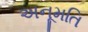
અનૂમતિ